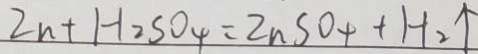
Z n + H _ { 2 } S O _ { 4 } = Z n S O _ { 4 } + H _ { 2 } \uparrow